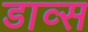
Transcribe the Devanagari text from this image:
डाव्स